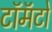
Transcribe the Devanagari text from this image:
टॉमॅटो